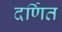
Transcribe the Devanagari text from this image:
दर्णित